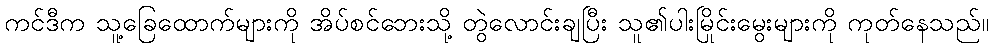
ကင်ဒီက သူ့ခြေထောက်များကို အိပ်စင်ဘေးသို့ တွဲလောင်းချပြီး သူ၏ပါးမြိုင်းမွေးများကို ကုတ်နေသည်။